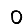
Digit: 0